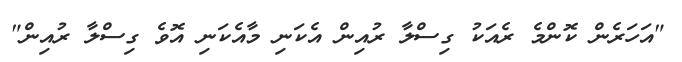
"އަހަރެން ކޮންމެ ރެއަކު ގިސްލާ ރުއިން އެކަނި މާއެކަނި އޮވެ ގިސްލާ ރުއިން"